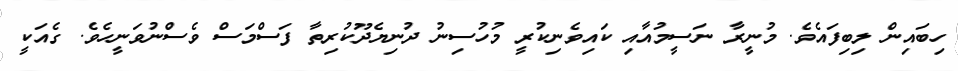
ހިބައިން ލިބިފައެވެ. މުނީރާ ނަސީމުއާއި ކައިވެނިކުރީ މުހުސިނު ދުނިޔެދޫކުރިތާ ފަސްމަސް ވެސްނުވަނީހެވެ. ގެއަކީ